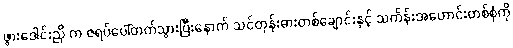
ဖွားဒေါင်းညို က ဇရပ်ပေါ်တက်သွားပြီးနောက် သင်တုန်းဓားတစ်ချောင်းနှင့် သင်္ကန်းအဟောင်းတစ်စုံကို